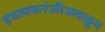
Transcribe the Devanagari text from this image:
इचलकरंजीजवळून